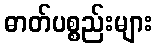
ဓာတ်ပစ္စည်းများ